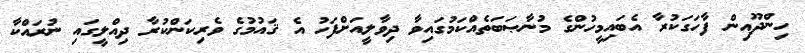
ހިންދޫއިން ފާހަގަކުރާ އެބައިމީހުންގެ މުނާޞަބަތެއްކަމުގައިވާ ދިވާލީއަށްފަހު އެ ޤައުމުގެ ވެރިކަންކުރާ ދިއްލީގައި ނުރައްކާ